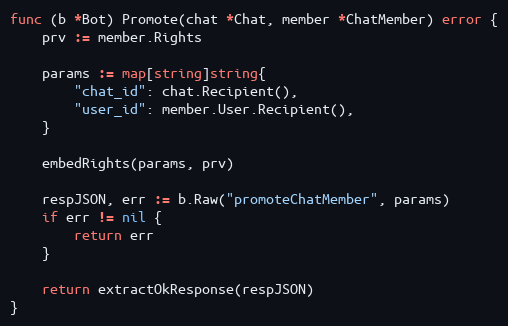
Language: Go
func (b *Bot) Promote(chat *Chat, member *ChatMember) error {
	prv := member.Rights

	params := map[string]string{
		"chat_id": chat.Recipient(),
		"user_id": member.User.Recipient(),
	}

	embedRights(params, prv)

	respJSON, err := b.Raw("promoteChatMember", params)
	if err != nil {
		return err
	}

	return extractOkResponse(respJSON)
}